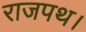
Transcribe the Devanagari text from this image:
राजपथ।